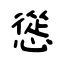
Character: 慫